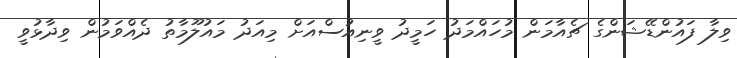
ވިލާ ފައުންޑޭޝަންގެ ޗެއާމަން މުހައްމަދު ހަމީދު ވީނިއުސްއަށް މިއަދު މައުލޫމާތު ދެއްވަމުން ވިދާޅުވީ